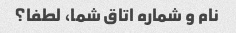
نام و شماره اتاق شما، لطفا؟